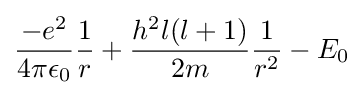
{\frac {-e^{2}}{4\pi \epsilon _{0}}}{\frac {1}{r}}+{\frac {h^{2}l(l+1)}{2m}}{\frac {1}{r^{2}}}-E_{0}